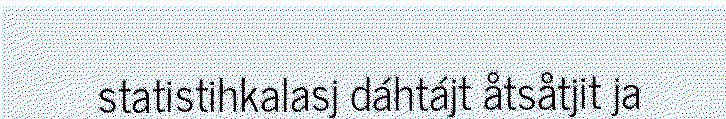
statistihkalasj dáhtájt åtsåtjit ja